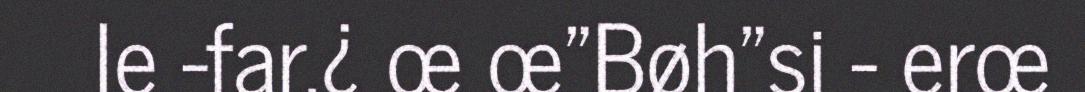
le -far.¿ œ œ"Bøh"si - erœ